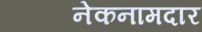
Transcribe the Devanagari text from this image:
नेकनामदार